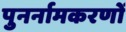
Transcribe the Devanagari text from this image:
पुनर्नामकरणों